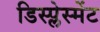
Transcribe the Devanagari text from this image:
डिस्प्लेस्मेंट